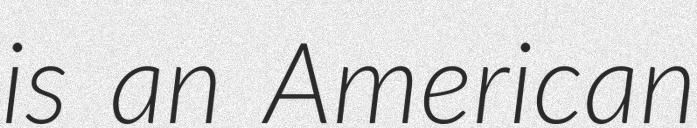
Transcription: is an American